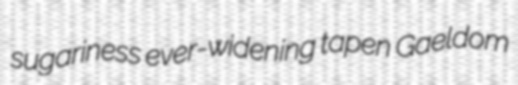
sugariness ever-widening tapen Gaeldom